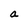
Character: a